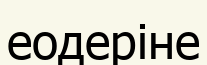
еодеріне